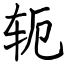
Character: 轭